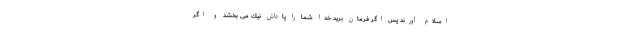
اسلام آورند پس اگر فرمان بريد خدا شما را پاداش نيك مى بخشد و اگر